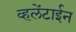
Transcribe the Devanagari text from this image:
व्हलेंटाईन